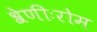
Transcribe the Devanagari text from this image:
श्रेणीःरोम